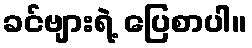
ခင်ဗျားရဲ့ ပြေစာပါ။